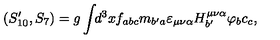
( S _ { 1 0 } ^ { \prime } , S _ { 7 } ) = g \int \! \! d ^ { 3 } x f _ { a b c } m _ { b ^ { \prime } a } \varepsilon _ { \mu \nu \alpha } H _ { b ^ { \prime } } ^ { \mu \nu \alpha } \varphi _ { b } c _ { c } ,